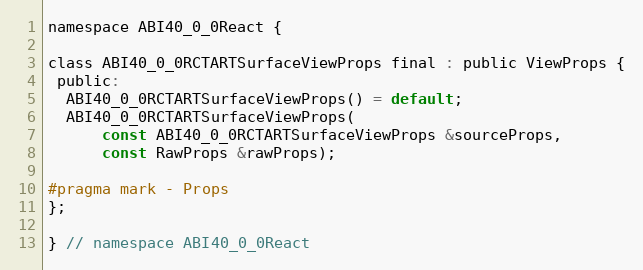
Language: C
namespace ABI40_0_0React {

class ABI40_0_0RCTARTSurfaceViewProps final : public ViewProps {
 public:
  ABI40_0_0RCTARTSurfaceViewProps() = default;
  ABI40_0_0RCTARTSurfaceViewProps(
      const ABI40_0_0RCTARTSurfaceViewProps &sourceProps,
      const RawProps &rawProps);

#pragma mark - Props
};

} // namespace ABI40_0_0React